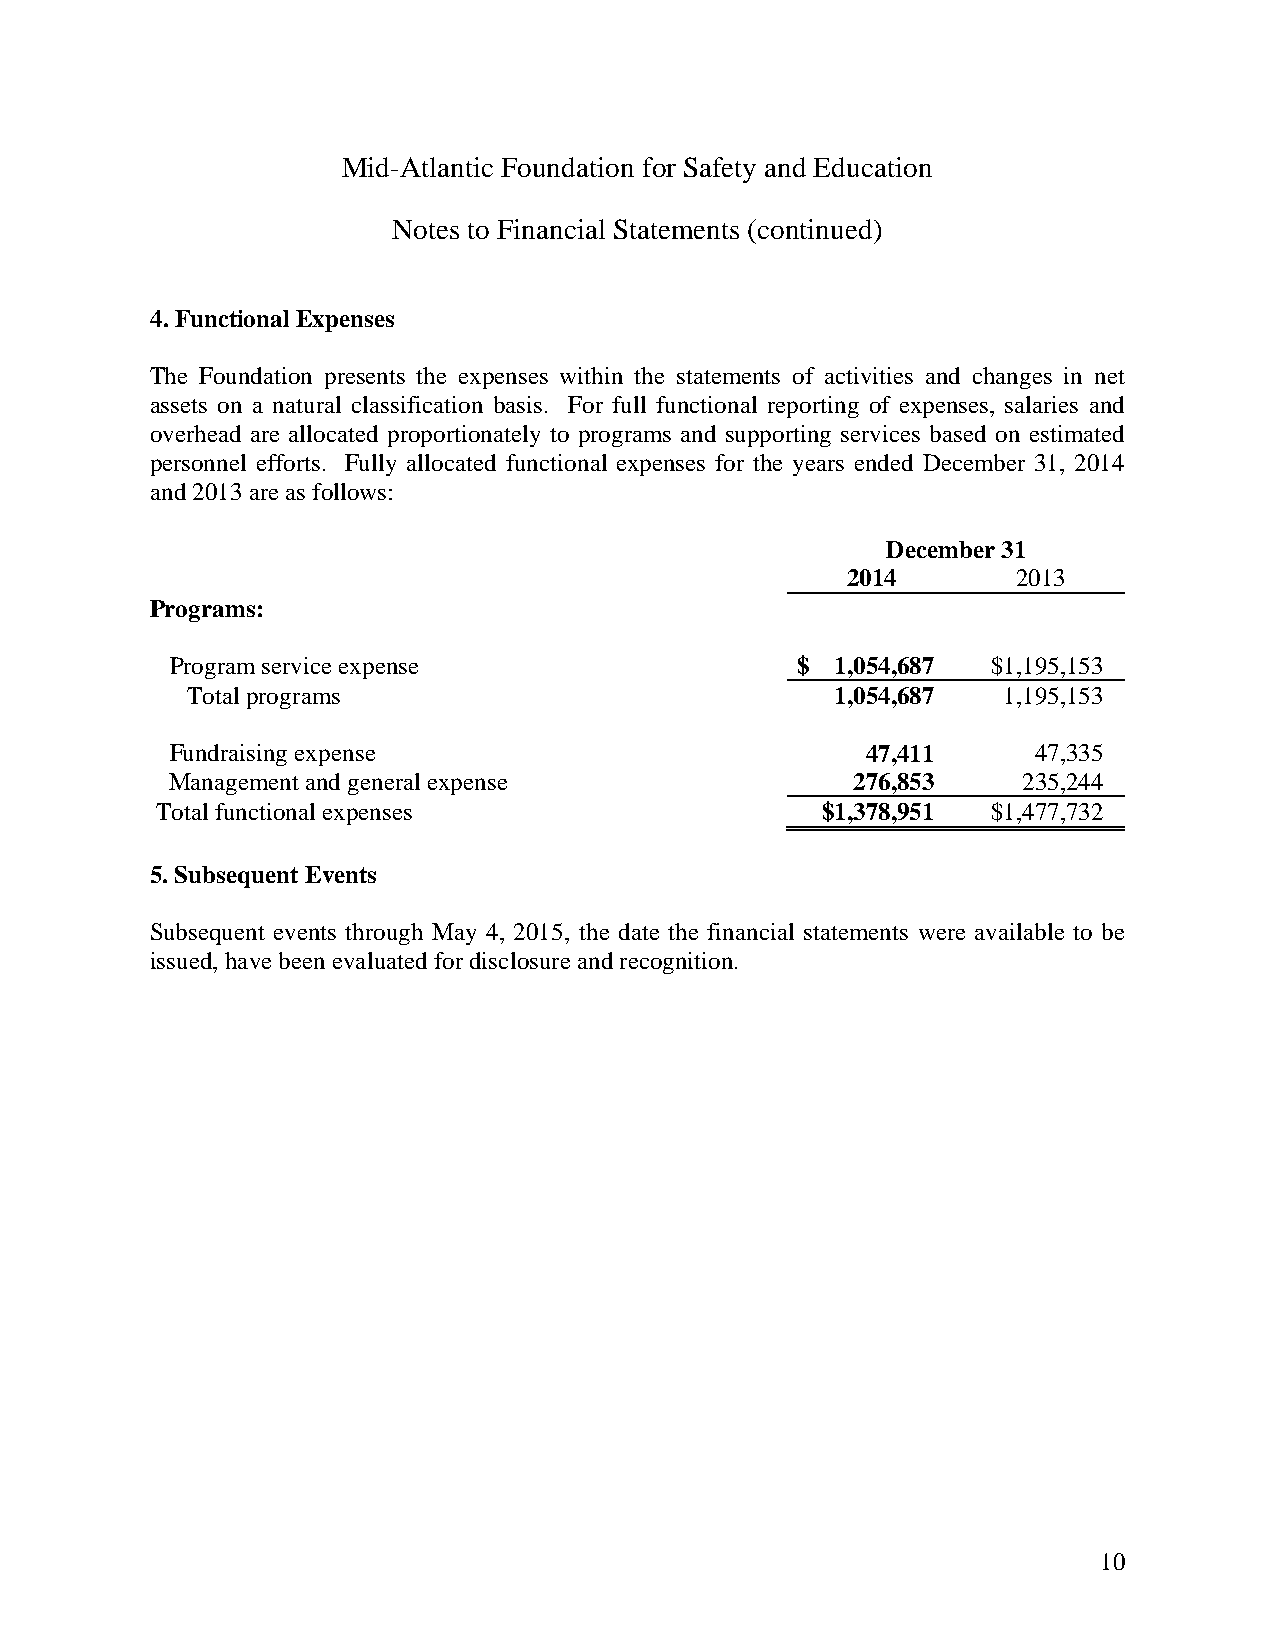
Mid-Atlantic Foundation for Safety and Education
 Notes to Financial Statements (continued)
 4. Functional Expenses
 The Foundation presents the expenses within the statements of activities and changes in net
 assets on a natural classification basis. For full functional reporting of expenses, salaries and
 overhead are allocated proportionately to programs and supporting services based on estimated
 personnel efforts. Fully allocated functional expenses for the years ended December 31, 2014
 and 2013 are as follows:
 December 31
 2014       2013
 Programs:
 Program service expense                   $ 1,054,687  $1,195,153
 Total programs                             1,054,687  1,195,153
 Fundraising expense                           47,411     47,335
 Management and general expense               276,853     235,244
 Total functional expenses                   $1,378,951  $1,477,732
 5. Subsequent Events
 Subsequent events through May 4, 2015, the date the financial statements were available to be
 issued, have been evaluated for disclosure and recognition.
 10